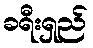
ခရီးရှည်